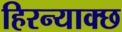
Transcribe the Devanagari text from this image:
हिरन्याक्छ